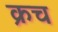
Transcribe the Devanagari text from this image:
क्रच